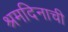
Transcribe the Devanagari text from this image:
श्रमदिनाची